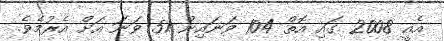
އެއީ 2008 ގައި އޮތް 104 ވަނައިން 51 ވަނަ އަށް އެރުމެވެ.